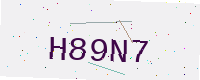
Text: H89N7